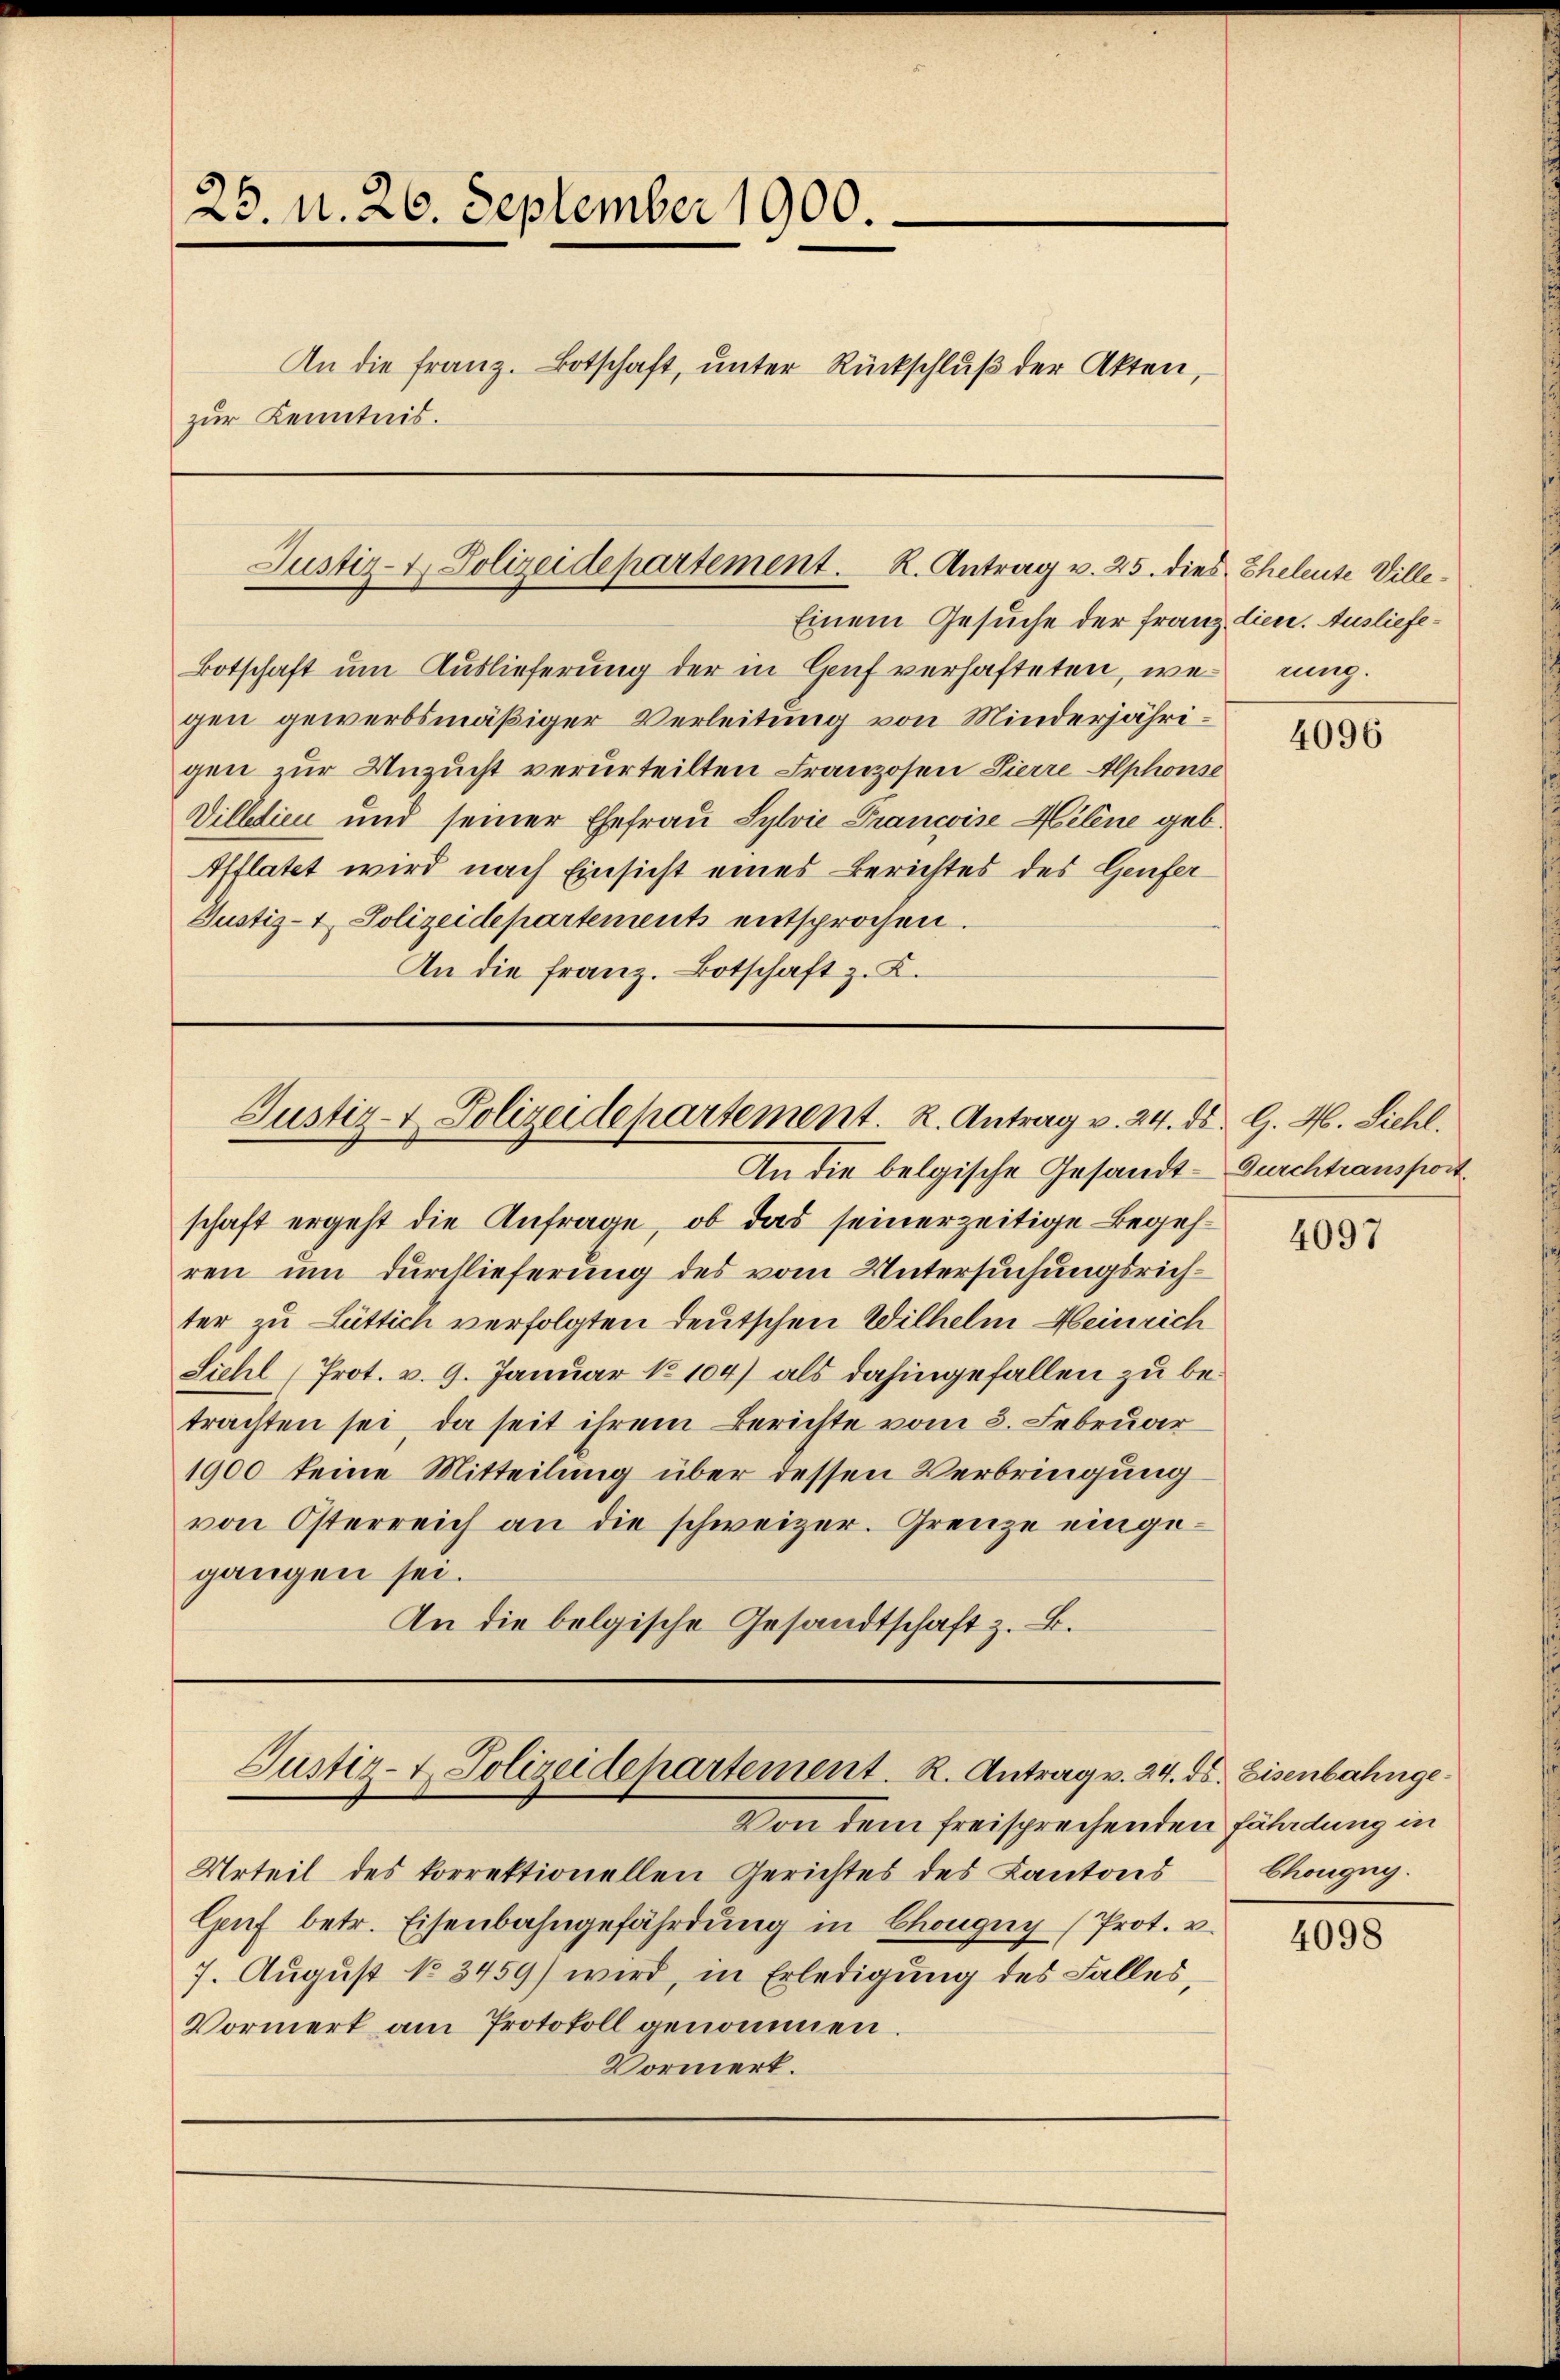
25. N. 26. September 1900.
An die Franz. Botschaft, unter Rückschluß der Akten,
zur Kenntnis.

Justiz- & Polizeidepartement. K. Antrag v. 25. dies Eheleute Ville¬

Justiz- & Polizeidepartement. R. Antrag v. 24. ds. G. 46. Sichl.

schaft ergeht die Anfrage, ob das seinerzeitige Begehren um durchlieferung des vom Untersuchungsrichter zu Lüttich verfolgten Deutschen Wilhelm Heinrich
Siehl (Prot. v. 9. Januar No 104) als dahingefallen zu betrachten sei, da seit ihrem Berichte vom 3. Februar
1900 keine Mitteilung über dessen Verbringung
von Österreich an die schweizer. Grenze eingegangen sei.
An die belgische Gesandtschaft z. B.

Einem Gesuche der Franz dien. Ausliefe¬
Botschaft um Auslieferung der in Genf verhafteten, wening.
gen gewerbsmäßiger Verleitung von Minderjährigen zur Unzucht verurteilten Franzosen Zierre Alphonse
Dilldien und seiner Ehefrau Sylvie Francoise Helene geb.
Ifflatet wird nach Einsicht eines Berichtes des Genfer
Justiz- & Polizeidepartements entsprochen.
An die Franz. Botschaft z. K.

Justiz- & Polizeidepartement. R. Antrag v. 24. ds. Eisenbahnge

An die belgische Gesandt-Durchtransport

Von dem freisprechenden Fährdung in
Urteil des korrektionellen Gerichtes des Kantons
Genf betr. Eisenbahngefährdung in Chongny (Prot. v.
7. August No 3459) wird, in Erledigung des Falles,
Vormerk am Protokoll genommen.
Vormerk.

4096

4097

Chongug.

4098